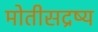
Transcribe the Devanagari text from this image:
मोतीसद्रष्य